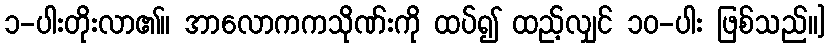
၁-ပါးတိုးလာ၏။ အာလောကကသိုဏ်းကို ထပ်၍ ထည့်လျှင် ၁၀-ပါး ဖြစ်သည်။]